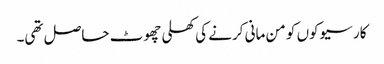
کارسیوکوں کو من مانی کرنے کی کھلی چھوٹ حاصل تھی۔